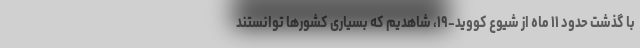
با گذشت حدود ۱۱ ماه از شیوع کووید-۱۹، شاهدیم که بسیاری کشورها توانستند